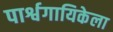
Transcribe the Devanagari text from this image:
पार्श्वगायिकेला